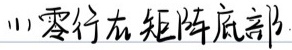
(1) 零行在矩阵底部